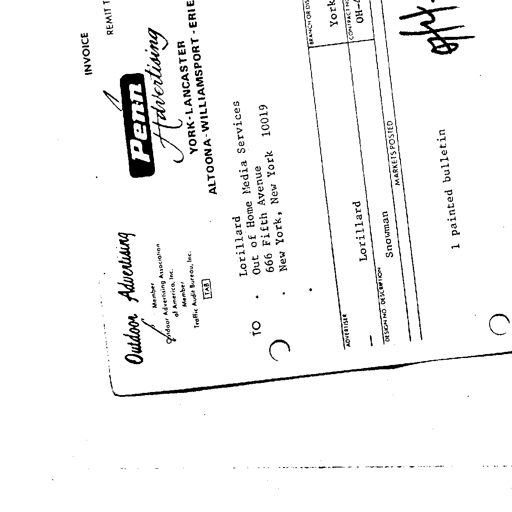
INVOICE
REMIT
Outdoor Advertising
Penn Advertising
Member Outdoor Advertising Association of America, Inc.
YORK-LANCASTER
Member Traffic Audit Bureau, Inc.
ALTOONA-WILLIAMSPORT-ERIE
TAB
TO
Lorillard Out of Home Media Services 666 Fifth Avenue New York, New York 10019
BRANCH OR DIV.
York
CONTRACT NO.
OH-
ADVERTISER
Lorillard
DESIGN NO. DESCRIPTION
Snowman
MARKETS POSTED
1 painted bulletin